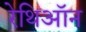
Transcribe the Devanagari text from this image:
रेथिऑन